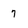
Character: 7